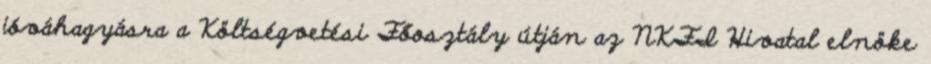
jóváhagyásra a Költségvetési Főosztály útján az NKFI Hivatal elnöke